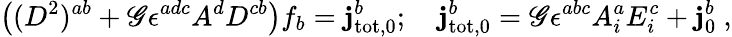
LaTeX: \left((D^{2})^{ab}+\mathscr{G}\epsilon^{adc}A^{d}D^{cb}\right)f_{b}=\mathbf{j}_{\mathrm{{tot}},0}^{b};~~~~\mathbf{j}_{\mathrm{{tot}},0}^{b}=\mathscr{G}\epsilon^{abc}A_{i}^{a}E_{i}^{c}+\mathbf{j}_{0}^{b}~,